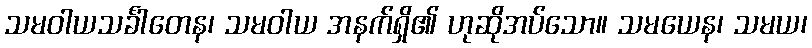
သမဝါယသင်္ခါတေန၊ သမဝါယ အနက်ရှိ၏ ဟုဆိုအပ်သော။ သမယေန၊ သမယ၊